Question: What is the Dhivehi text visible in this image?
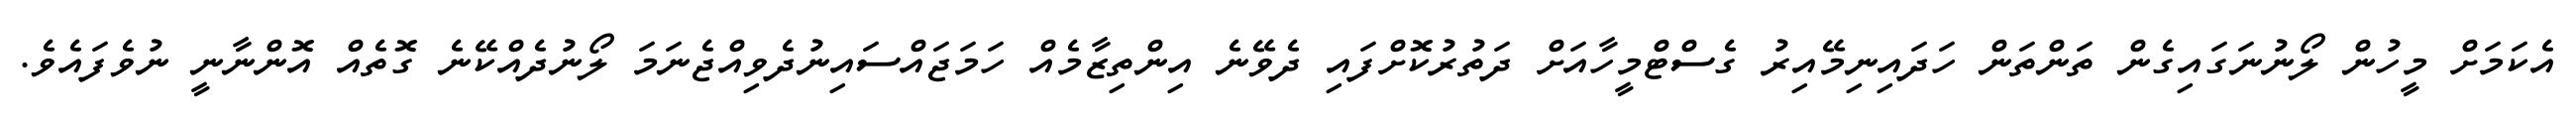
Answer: އެކަމަށް މީހުން ލޯނުނަގައިގެން ތަންތަން ހަދައިނިމޭއިރު ގެސްޓްމީހާއަށް ދަތުރުކޮށްފައި ދެވޭނެ އިންތިޒާމެއް ހަމަޖައްސައިނުދެވިއްޖެނަމަ ލޯނުދެއްކޭނެ ގޮތެއް އޮންނާނީ ނުވެފައެވެ.